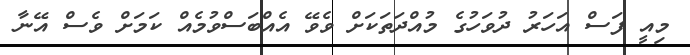
މިއީ ފަސް އަހަރު ދުވަހުގެ މުއްދަތަކަށް ވެވޭ އެއްބަސްވުމެއް ކަމަށް ވެސް އޭނާ